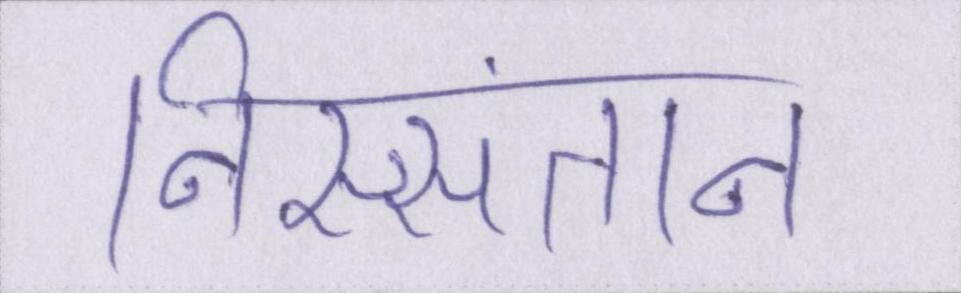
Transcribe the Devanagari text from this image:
निस्संतान